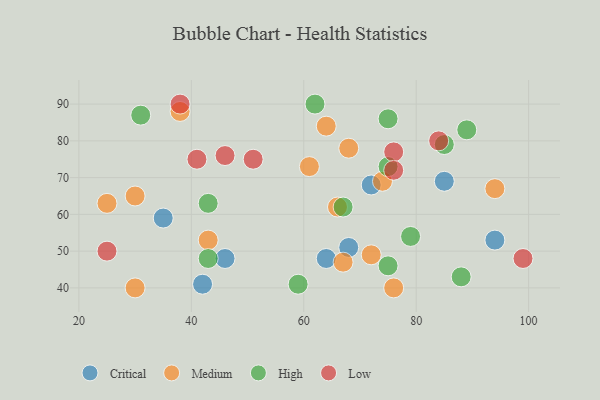
{"axis": {"x": "GDP", "y": "Life Expectancy"}, "legend": ["Critical", "High", "Low", "Medium"], "data": [{"x": "64", "y": 48, "type": "Critical"}, {"x": "94", "y": 53, "type": "Critical"}, {"x": "72", "y": 68, "type": "Critical"}, {"x": "68", "y": 51, "type": "Critical"}, {"x": "42", "y": 41, "type": "Critical"}, {"x": "46", "y": 48, "type": "Critical"}, {"x": "35", "y": 59, "type": "Critical"}, {"x": "85", "y": 69, "type": "Critical"}, {"x": "68", "y": 78, "type": "Medium"}, {"x": "43", "y": 53, "type": "Medium"}, {"x": "72", "y": 49, "type": "Medium"}, {"x": "76", "y": 40, "type": "Medium"}, {"x": "94", "y": 67, "type": "Medium"}, {"x": "74", "y": 69, "type": "Medium"}, {"x": "30", "y": 40, "type": "Medium"}, {"x": "61", "y": 73, "type": "Medium"}, {"x": "25", "y": 63, "type": "Medium"}, {"x": "30", "y": 65, "type": "Medium"}, {"x": "66", "y": 62, "type": "Medium"}, {"x": "67", "y": 47, "type": "Medium"}, {"x": "64", "y": 84, "type": "Medium"}, {"x": "38", "y": 88, "type": "Medium"}, {"x": "62", "y": 90, "type": "High"}, {"x": "75", "y": 73, "type": "High"}, {"x": "88", "y": 43, "type": "High"}, {"x": "59", "y": 41, "type": "High"}, {"x": "85", "y": 79, "type": "High"}, {"x": "75", "y": 46, "type": "High"}, {"x": "31", "y": 87, "type": "High"}, {"x": "67", "y": 62, "type": "High"}, {"x": "89", "y": 83, "type": "High"}, {"x": "43", "y": 63, "type": "High"}, {"x": "43", "y": 48, "type": "High"}, {"x": "79", "y": 54, "type": "High"}, {"x": "75", "y": 86, "type": "High"}, {"x": "84", "y": 80, "type": "Low"}, {"x": "46", "y": 76, "type": "Low"}, {"x": "38", "y": 90, "type": "Low"}, {"x": "51", "y": 75, "type": "Low"}, {"x": "25", "y": 50, "type": "Low"}, {"x": "76", "y": 77, "type": "Low"}, {"x": "41", "y": 75, "type": "Low"}, {"x": "99", "y": 48, "type": "Low"}, {"x": "76", "y": 72, "type": "Low"}]}